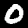
Label: 0